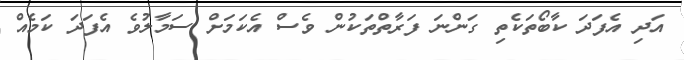
އަދި އެފަދަ ކާބޯތަކެތި ގަންނަ ފަރާތްތަކުން ވެސް އެކަމަށް ސަމާލުވެ އެފަދަ ކަމެއް